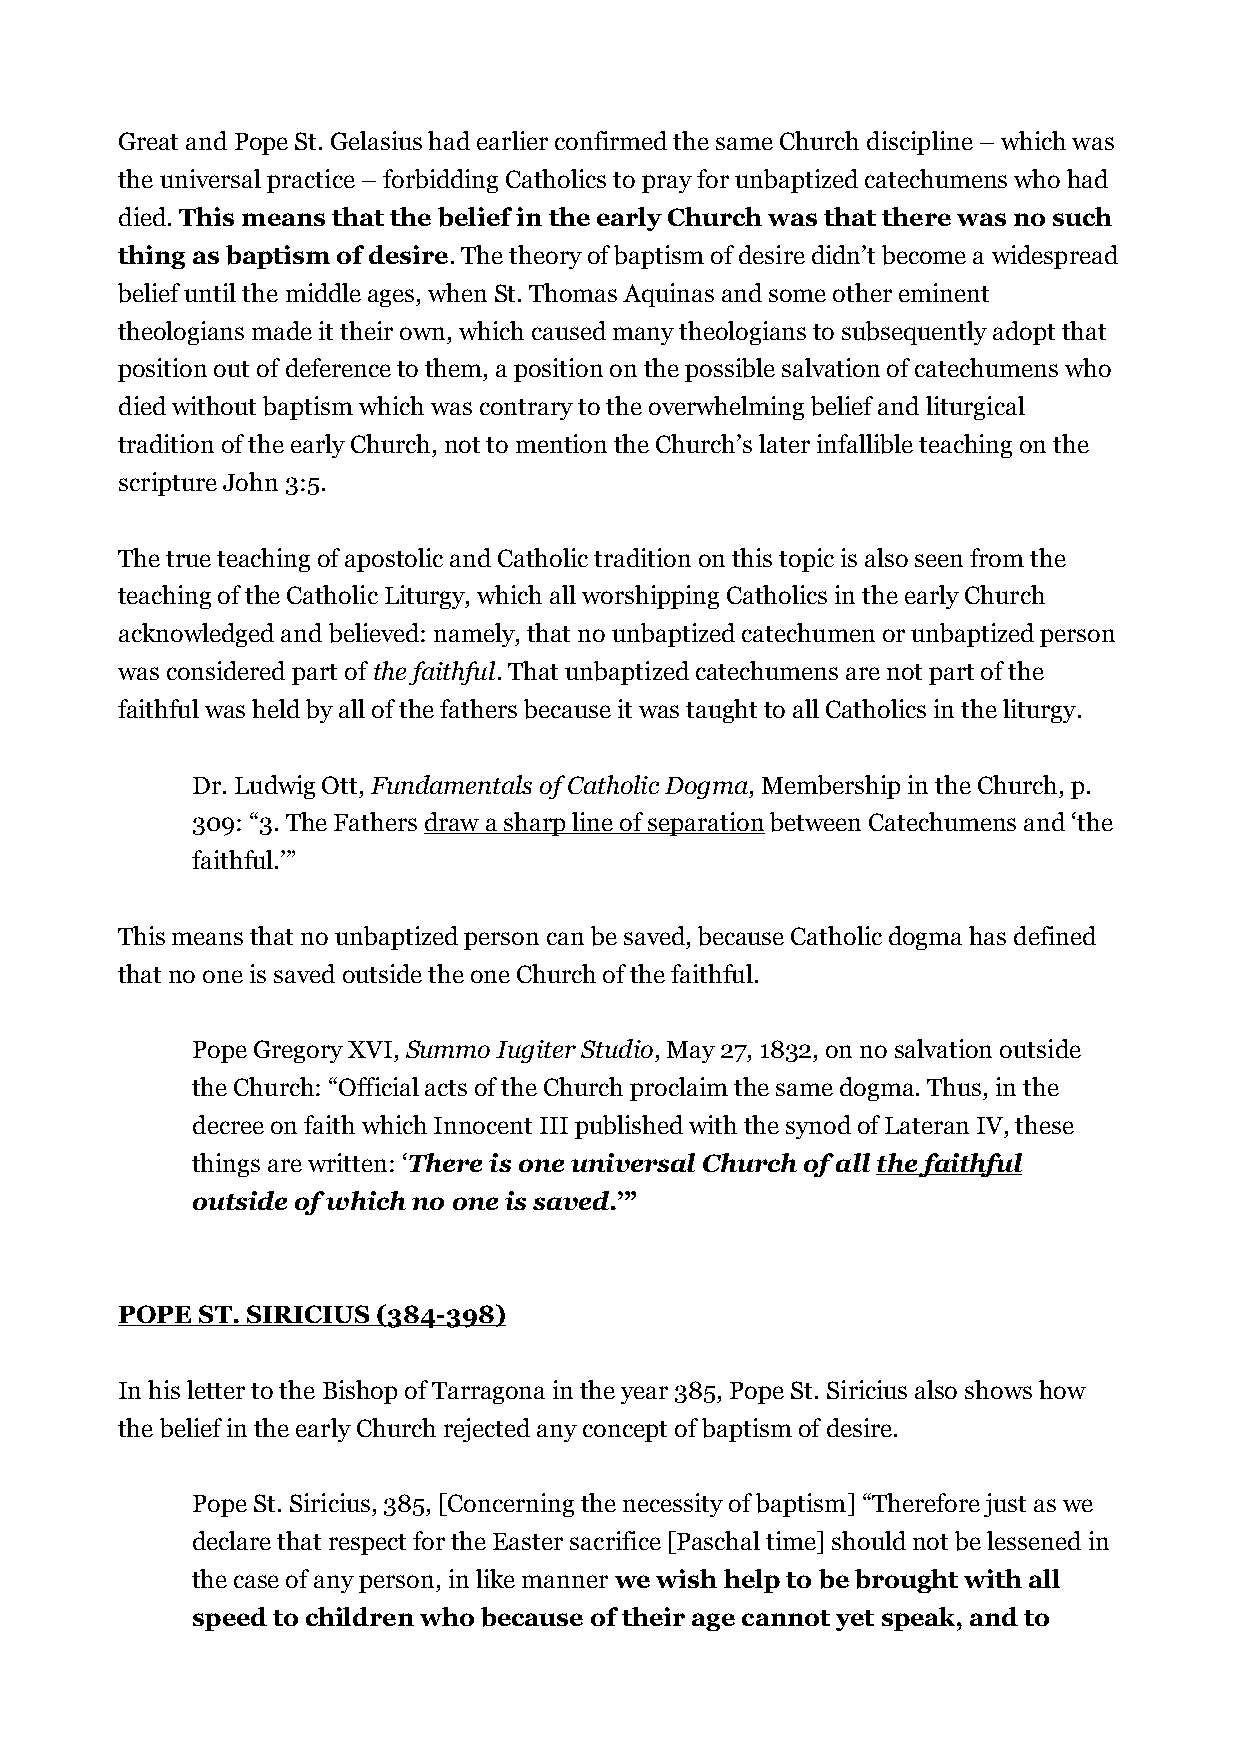
Great and Pope St. Gelasius had earlier confirmed the same Church discipline – which was
 the universal practice – forbidding Catholics to pray for unbaptized catechumens who had
 died. This means that the belief in the early Church was that there was no such
 thing as baptism of desire. The theory of baptism of desire didn’t become a widespread
 belief until the middle ages, when St. Thomas Aquinas and some other eminent
 theologians made it their own, which caused many theologians to subsequently adopt that
 position out of deference to them, a position on the possible salvation of catechumens who
 died without baptism which was contrary to the overwhelming belief and liturgical
 tradition of the early Church, not to mention the Church’s later infallible teaching on the
 scripture John 3:5.
 The true teaching of apostolic and Catholic tradition on this topic is also seen from the
 teaching of the Catholic Liturgy, which all worshipping Catholics in the early Church
 acknowledged and believed: namely, that no unbaptized catechumen or unbaptized person
 was considered part of the faithful. That unbaptized catechumens are not part of the
 faithful was held by all of the fathers because it was taught to all Catholics in the liturgy.
 Dr. Ludwig Ott, Fundamentals of Catholic Dogma, Membership in the Church, p.
 309: “3. The Fathers draw a sharp line of separation between Catechumens and ‘the
 faithful.’”
 This means that no unbaptized person can be saved, because Catholic dogma has defined
 that no one is saved outside the one Church of the faithful.
 Pope Gregory XVI, Summo Iugiter Studio, May 27, 1832, on no salvation outside
 the Church: “Official acts of the Church proclaim the same dogma. Thus, in the
 decree on faith which Innocent III published with the synod of Lateran IV, these
 things are written: ‘There is one universal Church of all the faithful
 outside of which no one is saved.’”
 POPE ST. SIRICIUS (384-398)
 In his letter to the Bishop of Tarragona in the year 385, Pope St. Siricius also shows how
 the belief in the early Church rejected any concept of baptism of desire.
 Pope St. Siricius, 385, [Concerning the necessity of baptism] “Therefore just as we
 declare that respect for the Easter sacrifice [Paschal time] should not be lessened in
 the case of any person, in like manner we wish help to be brought with all
 speed to children who because of their age cannot yet speak, and to